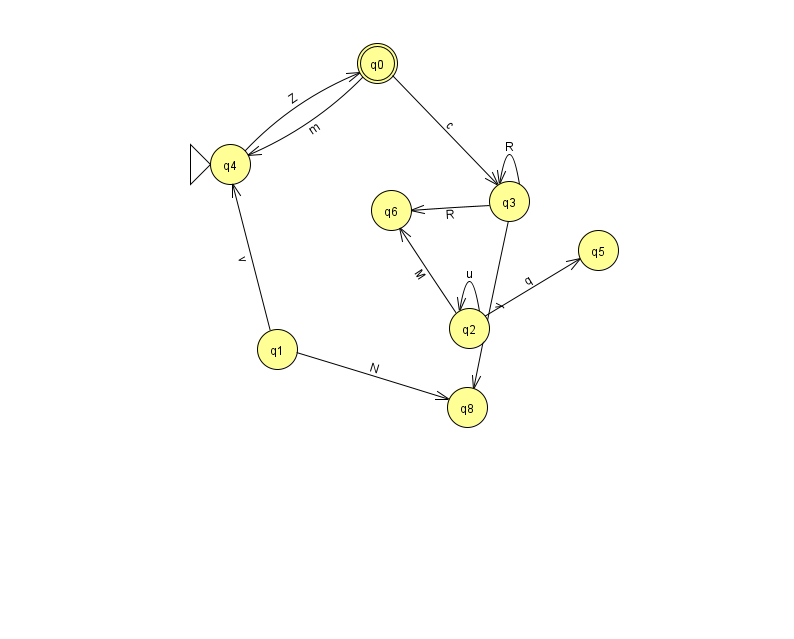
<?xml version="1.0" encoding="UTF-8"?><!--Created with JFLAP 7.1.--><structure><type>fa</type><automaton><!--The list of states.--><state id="0" name="q0"><x>377.0</x><y>50.0</y><final/></state><state id="1" name="q1"><x>277.0</x><y>336.0</y></state><state id="2" name="q2"><x>469.0</x><y>315.0</y></state><state id="3" name="q3"><x>509.0</x><y>188.0</y></state><state id="4" name="q4"><x>230.0</x><y>151.0</y><initial/></state><state id="5" name="q5"><x>598.0</x><y>237.0</y></state><state id="6" name="q6"><x>391.0</x><y>197.0</y></state><state id="8" name="q8"><x>467.0</x><y>394.0</y></state><!--The list of transitions.--><transition><from>3</from><to>8</to><read>y</read></transition><transition><from>0</from><to>4</to><read>m</read></transition><transition><from>3</from><to>3</to><read>R</read></transition><transition><from>3</from><to>6</to><read>R</read></transition><transition><from>2</from><to>2</to><read>u</read></transition><transition><from>4</from><to>0</to><read>Z</read></transition><transition><from>2</from><to>5</to><read>q</read></transition><transition><from>0</from><to>3</to><read>c</read></transition><transition><from>1</from><to>8</to><read>N</read></transition><transition><from>2</from><to>6</to><read>M</read></transition><transition><from>1</from><to>4</to><read>v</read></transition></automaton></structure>